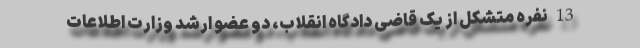
13 نفره متشکل از یک قاضی دادگاه انقلاب، دو عضو ارشد وزارت اطلاعات